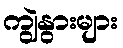
ကျွဲနွားများ